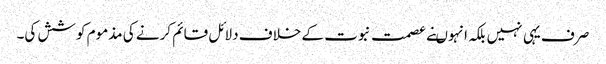
صرف یہی نہیں بلکہ انہوںنے عصمت نبوت کے خلاف دلائل قائم کرنے کی مذموم کوشش کی۔